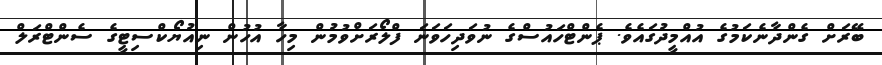
ބޭރަށް ގެންދާނެކަމުގެ އުއްމީދުގައެވެ. ޕެންޓްހައުސްގެ ނުވަދިހަވަނަ ފްލޯރަށްވުމުން މިހާ އުހުން ނިއުޔޯކްސިޓީގެ ސެންޓްރަލް